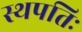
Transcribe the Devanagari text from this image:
स्थपतिः